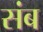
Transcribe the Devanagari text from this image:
संब